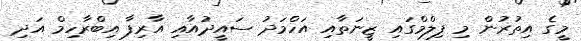
މީގެ އިތުރުން މި ފިލްމްގައި ޒީނަތާއި އަހްމަދު ސައީދުއާއި އާރިފާ އިބްރާހިމް އަދި